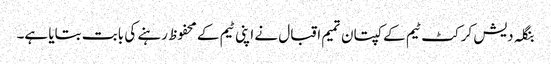
بنگلہ دیش کرکٹ ٹیم کے کپتان تمیم اقبال نے اپنی ٹیم کے محفوظ رہنے کی بابت بتایا ہے۔